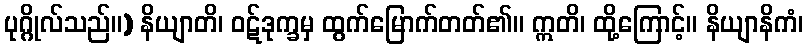
ပုဂ္ဂိုလ်သည်။) နိယျာတိ၊ ဝဋ်ဒုက္ခမှ ထွက်မြောက်တတ်၏။ ဣတိ၊ ထို့ကြောင့်။ နိယျာနိကံ၊